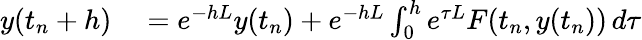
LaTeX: \begin{array}{rl}{y(t_{n}+h)}&{{}=e^{-hL}y(t_{n})+e^{-hL}\int_{0}^{h}e^{\tau L}F(t_{n},y(t_{n}))\, d\tau}\end{array}